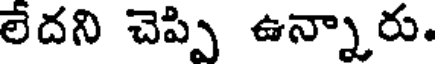
లేదని చెప్పి ఉన్నారు.